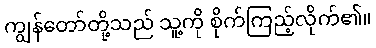
ကျွန်တော်တို့သည် သူ့ကို စိုက်ကြည့်လိုက်၏။